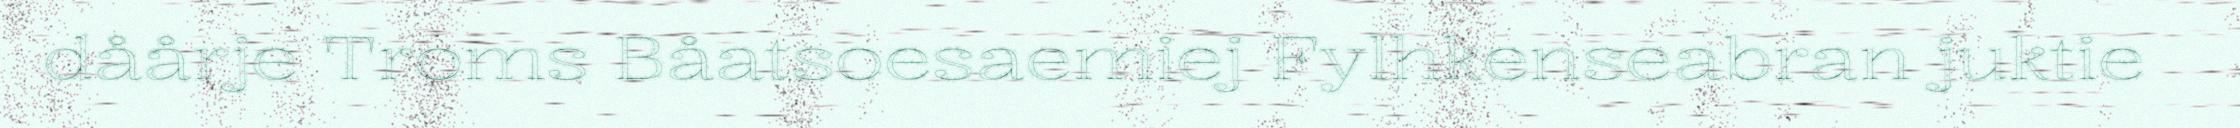
dåårje Troms Båatsoesaemiej Fylhkenseabran juktie